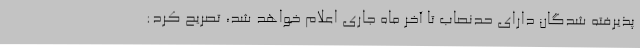
پذیرفته شدگان دارای حدنصاب تا آخر ماه جاری اعلام خواهد شد، تصریح کرد: